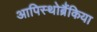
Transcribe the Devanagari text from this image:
आपिस्थोब्रैंकिया